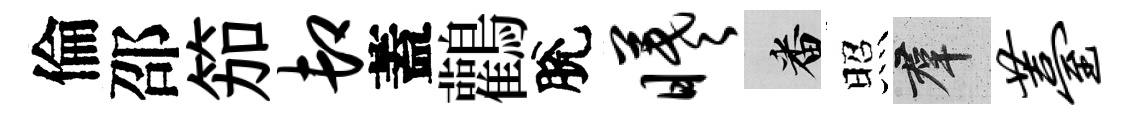
倫邵笳卸蓋鸛脫曦番照群薹